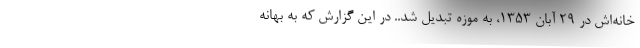
خانه‌اش در ۲۹ آبان ۱۳۵۳، به موزه تبدیل شد.. در این گزارش که به بهانه